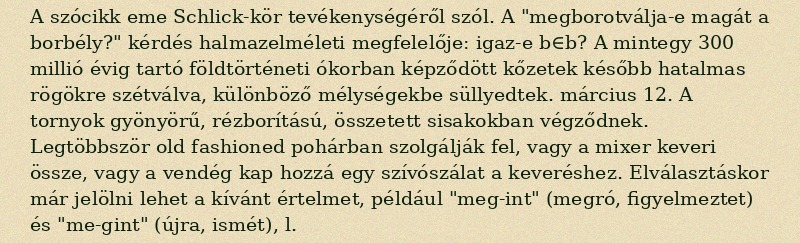
A szócikk eme Schlick-kör tevékenységéről szól. A "megborotválja-e magát a borbély?" kérdés halmazelméleti megfelelője: igaz-e b∈b? A mintegy 300 millió évig tartó földtörténeti ókorban képződött kőzetek később hatalmas rögökre szétválva, különböző mélységekbe süllyedtek. március 12. A tornyok gyönyörű, rézborítású, összetett sisakokban végződnek. Legtöbbször old fashioned pohárban szolgálják fel, vagy a mixer keveri össze, vagy a vendég kap hozzá egy szívószálat a keveréshez. Elválasztáskor már jelölni lehet a kívánt értelmet, például "meg-int" (megró, figyelmeztet) és "me-gint" (újra, ismét), l.